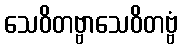
သေဝိတဗ္ဗာသေဝိတဗ္ဗံ